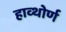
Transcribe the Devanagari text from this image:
हाव्थोर्ण